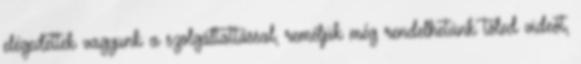
elégedettek vagyunk a szolgáltattással, reméljük még rendelhetünk tőled videót,